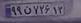
۹۹ن۷۲۶۱۳